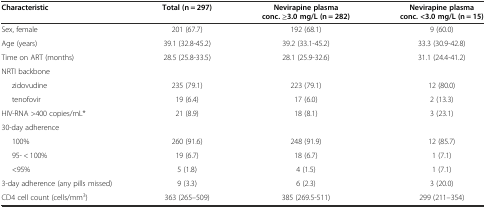
| Characteristic | Total (n = 297) | Nevirapine plasma conc. ≥3.0 mg/L (n = 282) | Nevirapine plasma conc. <3.0 mg/L (n = 15) |
 | --- | --- | --- | --- |
 | Sex, female | 201 (67.7) | 192 (68.1) | 9 (60.0) |
 | Age (years) | 39.1 (32.8-45.2) | 39.2 (33.1-45.2) | 33.3 (30.9-42.8) |
 | Time on ART (months) | 28.5 (25.8-33.5) | 28.1 (25.9-32.6) | 31.1 (24.4-41.2) |
 | NRTI backbone |  |  |  |
 | zidovudine | 235 (79.1) | 223 (79.1) | 12 (80.0) |
 | tenofovir | 19 (6.4) | 17 (6.0) | 2 (13.3) |
 | HIV-RNA >400 copies/mL* | 21 (8.9) | 18 (8.1) | 3 (23.1) |
 | 30-day adherence |  |  |  |
 | 100% | 260 (91.6) | 248 (91.9) | 12 (85.7) |
 | 95- < 100% | 19 (6.7) | 18 (6.7) | 1 (7.1) |
 | <95% | 5 (1.8) | 4 (1.5) | 1 (7.1) |
 | 3-day adherence (any pills missed) | 9 (3.3) | 6 (2.3) | 3 (20.0) |
 | CD4 cell count (cells/mm3) | 363 (265–509) | 385 (269.5-511) | 299 (211–354) |